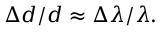
\Delta d / d \approx \Delta \lambda / \lambda .